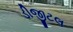
ડીજીટલ